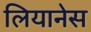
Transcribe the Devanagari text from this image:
लियानेस